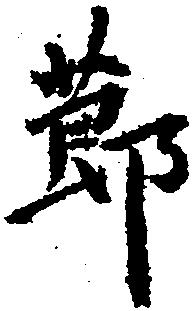
節